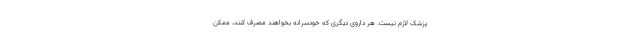
پزشک لازم نیست. هر داروی دیگری که خودسرانه بخواهند مصرف کنند، ممکن